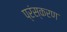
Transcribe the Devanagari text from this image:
प्रंस्करण